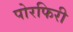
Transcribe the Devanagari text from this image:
पोरफिरी